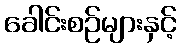
ခေါင်းစဉ်များနှင့်